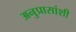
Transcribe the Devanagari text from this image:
अनुप्रासांशी